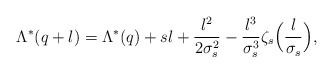
\begin{align*} \Lambda^*(q+l) = \Lambda^{*}(q) + sl + \frac{l^2}{2 \sigma_s^2} - \frac{l^3}{\sigma_s^3} \zeta_s\Big(\frac{l}{\sigma_s}\Big), \end{align*}